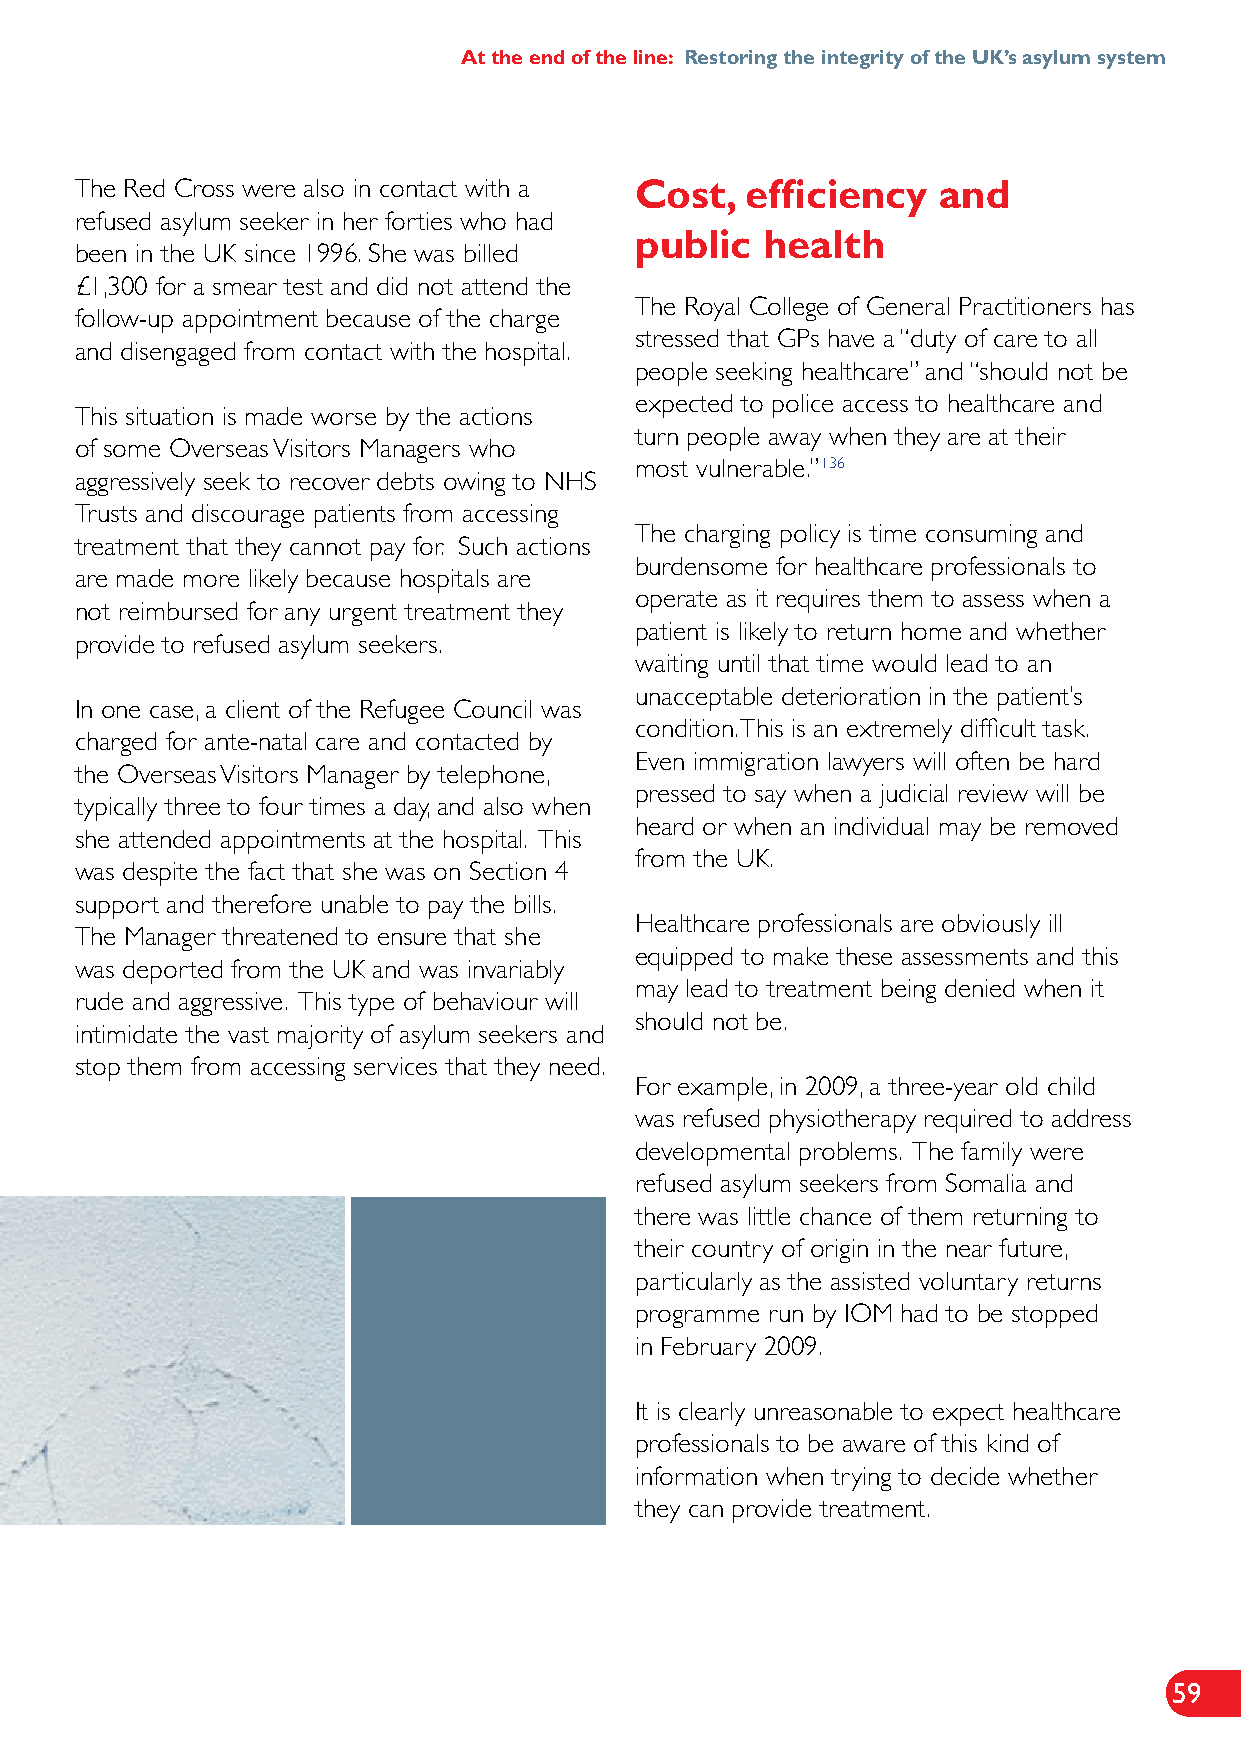
At the end of the line: Restoring the integrity of the UK’s asylum system
 The Red Cross were also in contact with a Cost, efficiency and
 refused asylum seeker in her forties who had
 public  health
 been in the UK since 1996. She was billed
 £1,300 for a smear test and did not attend the
 The Royal College of General Practitioners has
 follow-up appointment because of the charge
 stressed that GPs have a “duty of care to all
 and disengaged from contact with the hospital.
 people seeking healthcare” and “should not be
 expected to police access to healthcare and
 This situation is made worse by the actions
 turn people away when they are at their
 of some Overseas Visitors Managers who
 most vulnerable.” 136
 aggressively seek to recover debts owing to NHS
 Trusts and discourage patients from accessing
 The charging policy is time consuming and
 treatment that they cannot pay for. Such actions
 burdensome for healthcare professionals to
 are made more likely because hospitals are
 operate as it requires them to assess when a
 not reimbursed for any urgent treatment they
 patient is likely to return home and whether
 provide to refused asylum seekers.
 waiting until that time would lead to an
 unacceptable deterioration in the patient’s
 In one case, a client of the Refugee Council was
 condition. This is an extremely difficult task.
 charged for ante-natal care and contacted by
 Even immigration lawyers will often be hard
 the Overseas Visitors Manager by telephone,
 pressed to say when a judicial review will be
 typically three to four times a day, and also when
 heard or when an individual may be removed
 she attended appointments at the hospital. This
 from the UK.
 was despite the fact that she was on Section 4
 support and therefore unable to pay the bills.
 Healthcare professionals are obviously ill
 The Manager threatened to ensure that she
 equipped to make these assessments and this
 was deported from the UK and was invariably
 may lead to treatment being denied when it
 rude and aggressive. This type of behaviour will
 should not be.
 intimidate the vast majority of asylum seekers and
 stop them from accessing services that they need.
 For example, in 2009, a three-year old child
 was refused physiotherapy required to address
 developmental problems. The family were
 refused asylum seekers from Somalia and
 there was little chance of them returning to
 their country of origin in the near future,
 particularly as the assisted voluntary returns
 programme run by IOM had to be stopped
 in February 2009.
 It is clearly unreasonable to expect healthcare
 professionals to be aware of this kind of
 information when trying to decide whether
 they can provide treatment.
 59